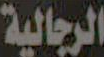
الرجالية